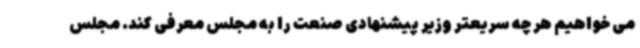
می خواهیم هر چه سریعتر وزیر پیشنهادی صنعت را به مجلس معرفی کند. مجلس